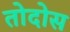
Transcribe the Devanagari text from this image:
तोदोस